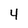
Character: 4